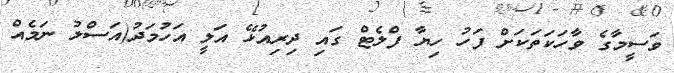
ވަސީމާގެ ވާހަކަތަކަށް ފަހު ހިޔާ ފްލެޓް ގައި ދިރިއުޅޭ އަލީ އަހުމަދު(އަސްލު ނަމެއް